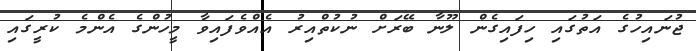
ޖުނައިހުގެ އަތުގައި ހިފައިގެން ލޫނާ ބޭރަށް ނުކުތްއިރު އެއްވެފައިވާ މީހުންގެ އެންމެ ކުރީގައި